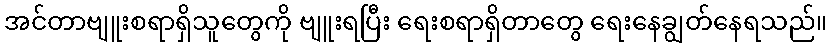
အင်တာဗျူးစရာရှိသူတွေကို ဗျူးရပြီး ရေးစရာရှိတာတွေ ရေးနေချွတ်နေရသည်။